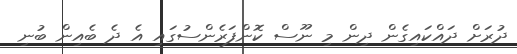
ދުރަށް ދައްކައިގެން ދިން މި ނޫސް ކޮންފަރެންސުގައި އެ ދެ ބެއިން ބުނި